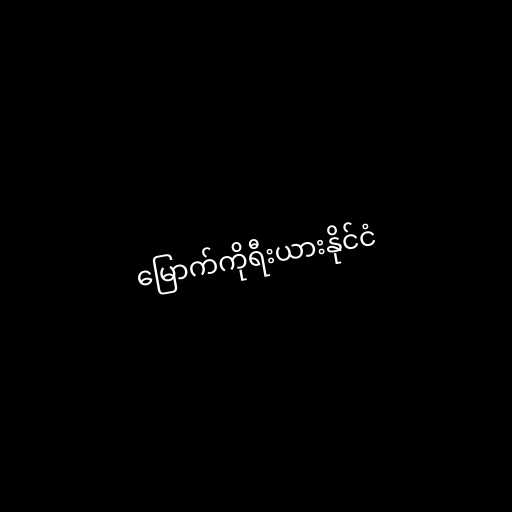
မြောက်ကိုရီးယားနိုင်ငံ